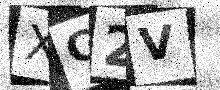
Text: XC2V